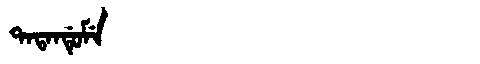
Manchu: ᡨᠠᡨᠠᠨᡩᡠᠮᡝ
Romanization: TATANDUME